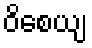
ဝိစေယျ